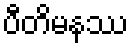
ပီတိမနဿ